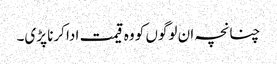
چنانچہ ان لوگوں کو وہ قیمت ادا کرنا پڑی۔